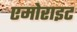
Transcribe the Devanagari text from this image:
एमोराइट